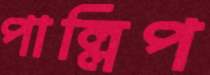
পাল্লিপ